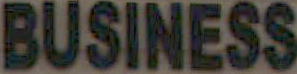
BUSINESS